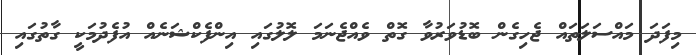
މިފަދަ މައްސަލަތައް ޖެހިގެން ބޮޑުވަރުވާ ގޮތް ވެއްޖެނަމަ ލޮލުގައި އިންފެކްޝަނެއް އުފެދުމަކީ ގާތުގައި